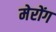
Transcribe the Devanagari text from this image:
मेरोंग